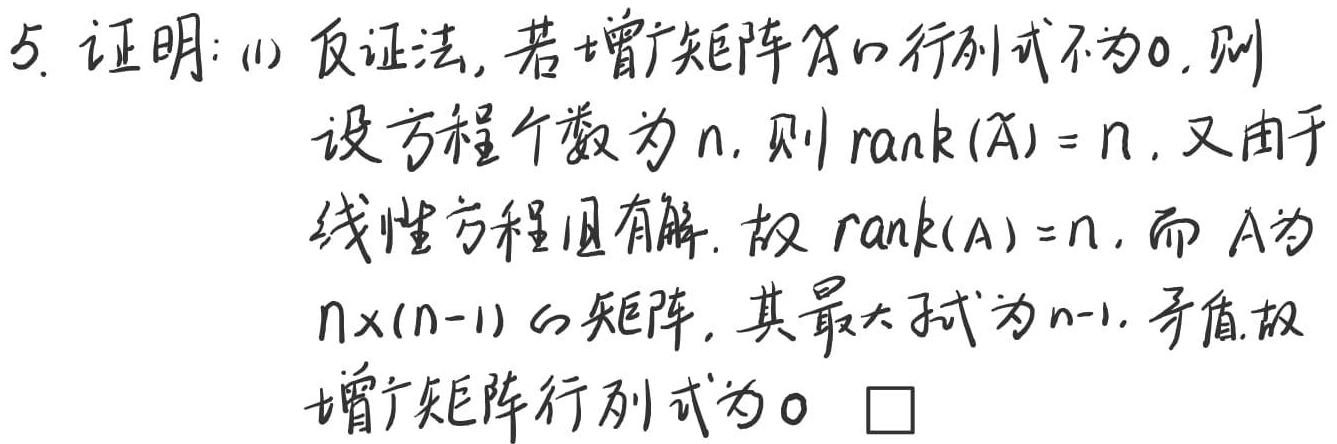
5. 证明：(1) 反证法, 若增广矩阵$\widetilde{A}$的行列式不为0, 则
设方程个数为$n$, 则$\mathrm{rank}(\widetilde{A}) = n$. 又由于
线性方程组有解, 故$\mathrm{rank}(A)=n$, 而$A$为
$n\times(n - 1)$的矩阵, 其最大秩为$n - 1$, 矛盾. 故
增广矩阵行列式为0 $\square$